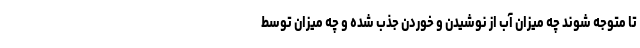
تا متوجه شوند چه میزان آب از نوشیدن و خوردن جذب شده و چه میزان توسط